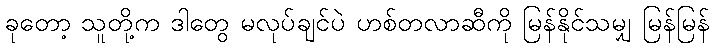
ခုတော့ သူတို့က ဒါတွေ မလုပ်ချင်ပဲ ဟစ်တလာဆီကို မြန်နိုင်သမျှ မြန်မြန်